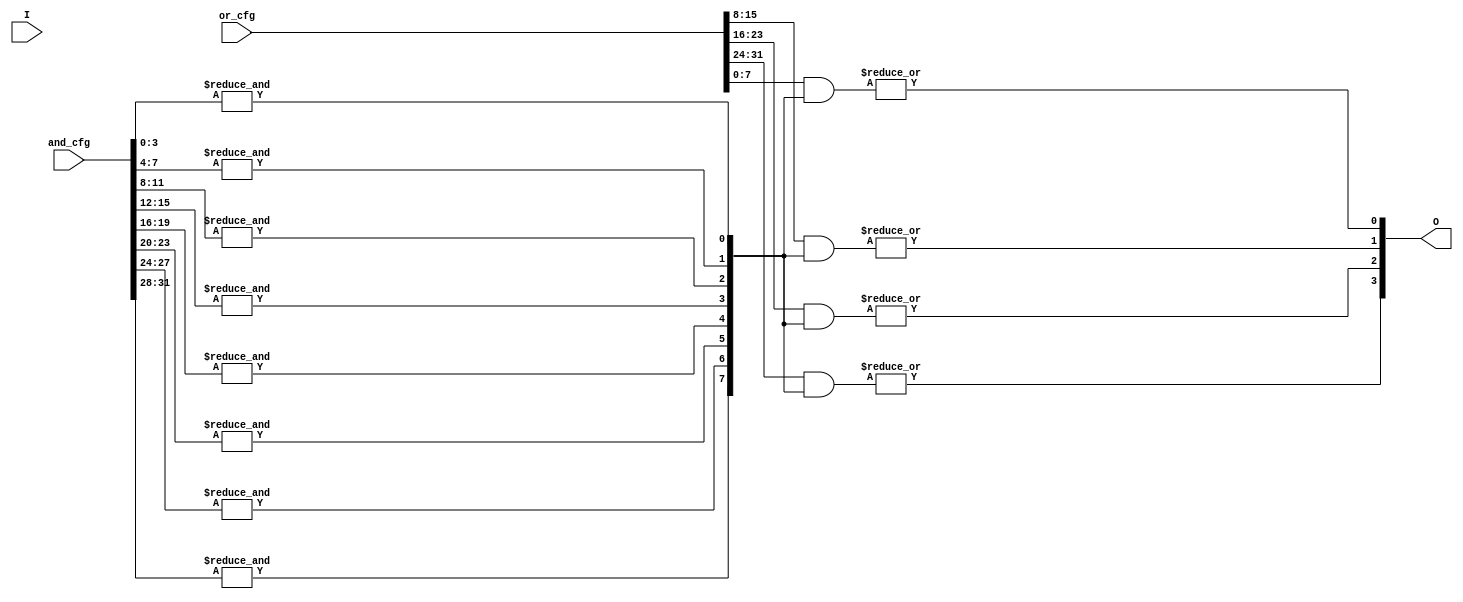
module SPAL #(
    parameter N = 4,  // Number of input signals
    parameter K = 8,  // Number of programmable AND gates (product terms)
    parameter L = 4   // Number of programmable OR gates (outputs)
)(
    input wire [N-1:0] I,          // Input signals
    input wire [K*N-1:0] and_cfg,  // Configuration for AND gates
    input wire [L*K-1:0] or_cfg,    // Configuration for OR gates
    output wire [L-1:0] O          // Output signals
);

    // Internal wires for product terms
    wire [K-1:0] product_terms;

    // Programmable AND array
    genvar i, j;
    
    generate
        for (i = 0; i < K; i = i + 1) begin : and_array
            wire [N-1:0] and_inputs;
            // Select inputs for each AND gate based on configuration
            assign and_inputs = and_cfg[i*N +: N];  // Select N bits for each AND gate
            assign product_terms[i] = &({and_inputs, 1'b1});  // AND all inputs
        end
    endgenerate

    // Programmable OR array
    generate
        for (j = 0; j < L; j = j + 1) begin : or_array
            wire [K-1:0] or_inputs;
            // Select product terms for each OR gate based on configuration
            assign or_inputs = or_cfg[j*K +: K];  // Select K bits for each OR gate
            assign O[j] = |(or_inputs & product_terms);  // OR selected product terms
        end
    endgenerate

endmodule